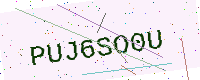
Text: PUJ6SO0U